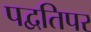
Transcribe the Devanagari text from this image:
पद्वतिपर